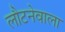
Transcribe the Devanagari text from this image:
लौटनेवाला